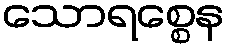
သောရစ္စေန